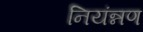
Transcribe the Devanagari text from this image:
नियंन्नण